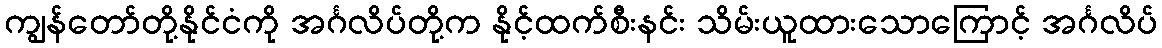
ကျွန်တော်တို့နိုင်ငံကို အင်္ဂလိပ်တို့က နိုင့်ထက်စီးနင်း သိမ်းယူထားသောကြောင့် အင်္ဂလိပ်